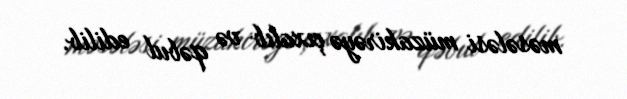
məsələsi müzakirəyə çıxalıb və qəbul edilib.